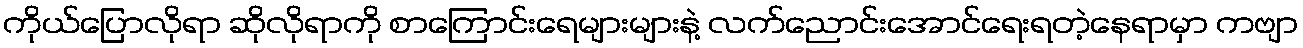
ကိုယ်ပြောလိုရာ ဆိုလိုရာကို စာကြောင်းရေများများနဲ့ လက်ညောင်းအောင်ရေးရတဲ့နေရာမှာ ကဗျာ